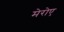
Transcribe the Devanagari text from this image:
मेरोए